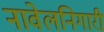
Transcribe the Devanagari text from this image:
नावेलनिगारी